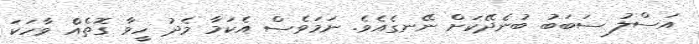
އަސްލު ސަބަބު ބުނެދޭކަށް ނޭނގެއެވެ. ނަމަވެސް އެކަމާ މެދު ހީވާ ގޮތެއްެ ވާހަކަ